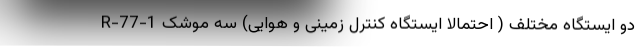
دو ایستگاه مختلف ( احتمالا ایستگاه کنترل زمینی و هوایی) سه موشک R-77-1